Annual report on the Civil Veterinary Department, Burma (including the Insein Veterinary School) - 1932-1941
Year: 1932
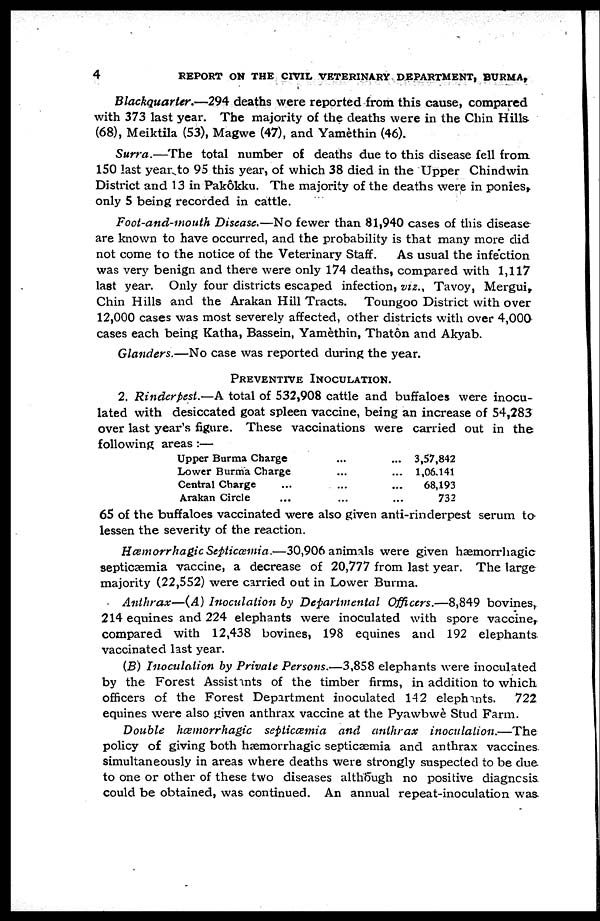
4
REPORT ON THE CIVIL VETERINARY DEPARTMENT, BURMA,
Blackquarter.—294 deaths were reported from this cause, compared
with 373 last year. The majority of the deaths were in the Chin Hills
(68), Meiktila (53), Magwe (47), and Yamèthin (46).
Surra.—The total number of deaths due to this disease fell from
150 last year to 95 this year, of which 38 died in the Upper Chindwin
District and 13 in Pakôkku. The majority of the deaths were in ponies,
only 5 being recorded in cattle.
Foot-and-mouth Disease.—No fewer than 81,940 cases of this disease
are known to have occurred, and the probability is that many more did
not come to the notice of the Veterinary Staff.
As usual the infection
was very benign and there were only 174 deaths, compared with 1,117
last year. Only four districts escaped infection, viz., Tavoy, Mergui,
Chin Hills and the Arakan Hill Tracts. Toungoo District with over
12,000 cases was most severely affected, other districts with over 4,000
cases each being Katha, Bassein, Yamèthin, Thatôn and Akyab.
Glanders.—No case was reported during the year.
PREVENTIVE INOCULATION.
2. Rinderpest.—A total of 532,908 cattle and buffaloes were inocu-
lated with desiccated goat spleen vaccine, being an increase of 54,283
over last year's figure. These vaccinations were carried out in the
following areas :—
Upper Burma Charge
Lower Burma Charge
Central Charge ...
Arakan Circle ...
...
...
...
...
...
...
...
...
3,57,842
1,06,141
68,193
732
65 of the buffaloes vaccinated were also given anti-rinderpest serum to
lessen the severity of the reaction.
Hæmorrhagic Septicæmia.—30,906 animals were given hæmorrhagic
septicæmia vaccine, a decrease of 20,777 from last year. The large
majority (22,552) were carried out in Lower Burma.
Anthrax—(A) Inoculation by Departmental Officers.—8,849 bovines,
214 equines and 224 elephants were inoculated with spore vaccine,
compared with 12,438 bovines, 198 equines and 192 elephants
vaccinated last year.
(B) Inoculation by Private Persons.—3,858 elephants were inoculated
by the Forest Assistants of the timber firms, in addition to which
officers of the Forest Department inoculated 142 elephants.
722
equines were also given anthrax vaccine at the Pyawbwè Stud Farm.
Double hæmorrhagic septicæmia and anthrax
inoculation.—The
policy of giving both hæmorrhagic septicæmia and anthrax vaccines
simultaneously in areas where deaths were strongly suspected to be due
to one or other of these two diseases although no positive diagnosis
could be obtained, was continued. An annual repeat-inoculation was